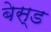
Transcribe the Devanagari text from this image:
बेस्‍ड